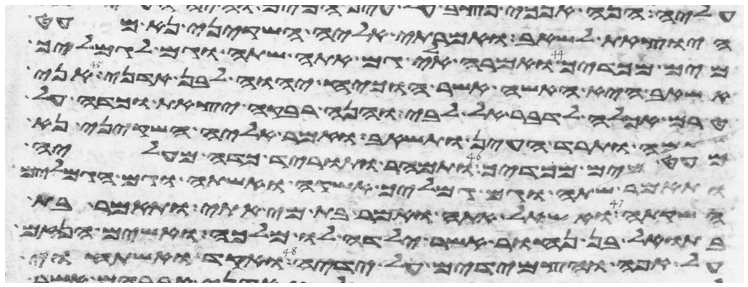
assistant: היצאת לשאב ואמרתי אליה השקיני נא מעט
מים מכדך ואמרה אלי גם אתה שתה וגם לגמליך
אשאב היא האשה אשר הוכיח יהוה לבן אדני אני
טרם אכלה לדבר אל לבי והנה רבקה יצאת וכדה על
שכמה ותרד העין ותשאב ואמר אליה השקיני נא
מעט מים מכדך ותמהר ותורד כדה מעליה
ותאמר שתה וגם גמליך אשקה ואשתה וגם הגמלים
השקתה ואשאל אתה ואמר בת מי אתי ותאמר בת
בתואל בן נחור אשר ילדה לו מלכה ואשים הנזם
על אפה והצמידים על ידיה ואקד ואשתחוי